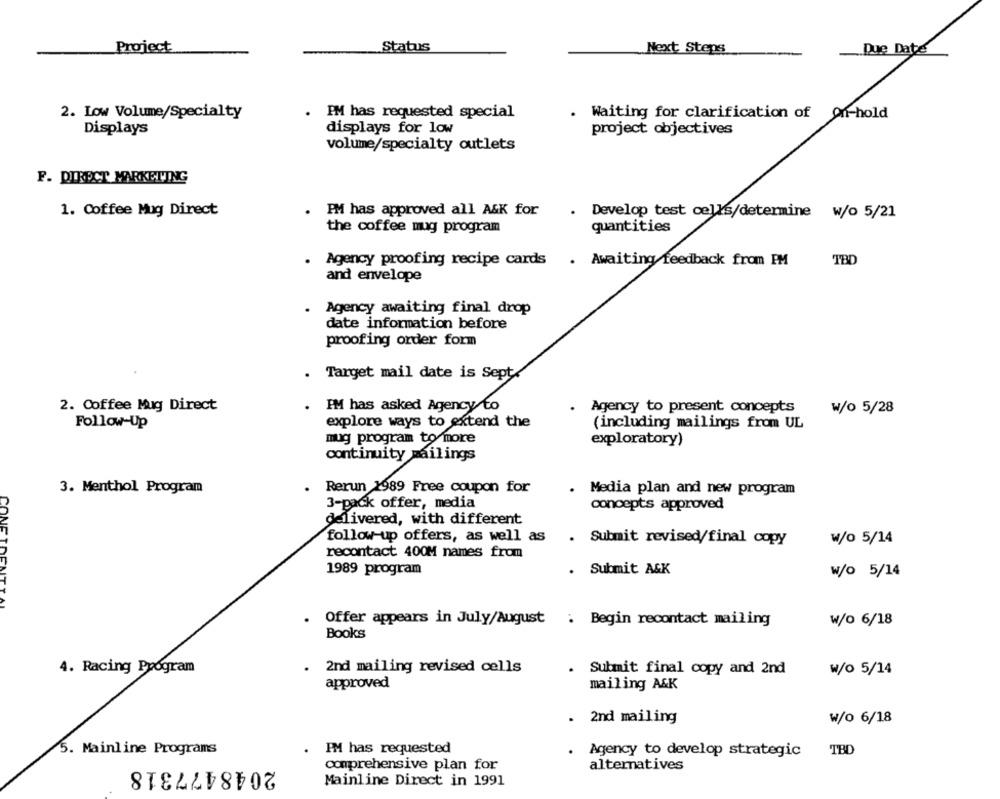
Project
Status
Next Steps
Due Date
2. Low Volume/Specialty
PM has requested special
Waiting for clarification of on-hold
Displays
displays for low
project objectives
volume/specialty outlets
F. DIRECT MARKETING
1. Coffee Mug Direct
. PM has approved all A&K for
Develop test cells/determine w/o 5/21
the coffee mug program
quantities
Agency proofing recipe cards . Awaiting feedback from PM
TBD
and envelope
Agency awaiting final drop
date information before
proofing order form
.
Target mail date is Sept/
2. Coffee Mug Direct
.
PM has asked Agency to
Agency to present concepts
w/o 5/28
Follow-Up
explore ways to extend the
(including mailings from UL
mug program to more
exploratory)
continuity mailings
3. Menthol Program
Rerun 1989 Free coupon for
Media plan and new program
3-pack offer, media
concepts approved
delivered, with different
CONET
follow-up offers, as well as . Submit revised/final copy
W/o 5/14
recontact 400M names from
1989 program
. Submit A&K
W/o 5/14
TY AL
Offer appears in July/August : Begin recontact mailing
w/o 6/18
Books
4. Racing Program
2nd mailing revised cells
.
Submit final copy and 2nd
w/o 5/14
approved
mailing A&K
. 2nd mailing
W/o 6/18
5. Mainline Programs
PM has requested
Agency to develop strategic
TBD
2048477318
comprehensive plan for
alternatives
Mainline Direct in 1991